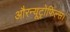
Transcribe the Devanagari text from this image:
औरन्यूट्रोफिल्स।